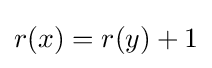
r(x)=r(y)+1